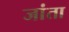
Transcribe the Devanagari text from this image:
जांता